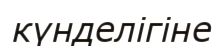
күнделігіне